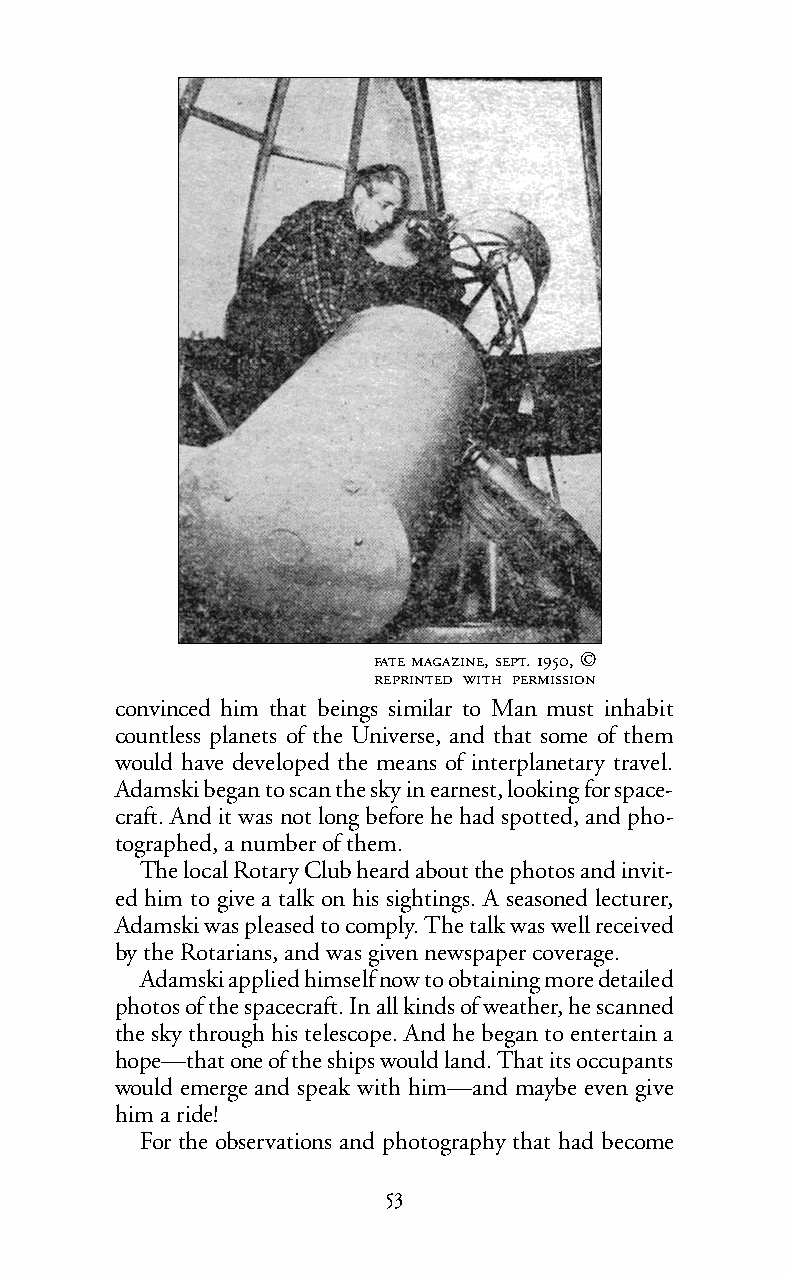
 , . ,©
   
 convinced him that beings similar to Man must inhabit
 countless planets of the Universe, and that some of them
 would have developed the means of interplanetary travel.
 Adamski began to scan thesky in earnest, looking for space-
 craft. And it was not long before he had spotted, and pho-
 tographed, a number of them.
 The local Rotary Club heard about the photos and invit-
 ed him to give a talk on his sightings. A seasoned lecturer,
 Adamski was pleased to comply. The talk was well received
 by the Rotarians, and was given newspaper coverage.
 Adamski applied himself now to obtaining more detailed
 photos of the spacecraft. In all kinds of weather, he scanned
 the sky through his telescope. And he began to entertain a
 hope—that one of the ships would land. That its occupants
 would emerge and speak with him—and maybe even give
 him a ride!
 For the observations and photography that had become
 